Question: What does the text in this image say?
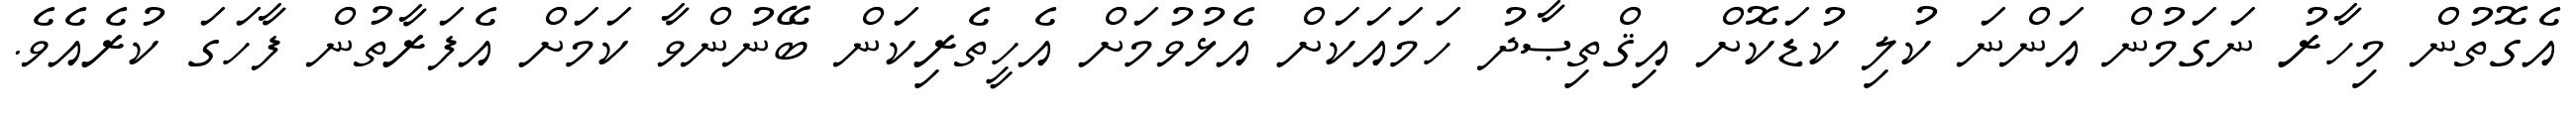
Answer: އެގޮތުން މިހާރު ނަގަމުން އަންނަ ކުލި ކުޑަކޮށް އިޤްތިޞާދު ހަމައަކަށް އެޅުވުމަށް އެހީތެރިކަން ބޭނުންވާ ކަމަށް އެފަރާތުން ފާހަގަ ކުރެއެވެ.